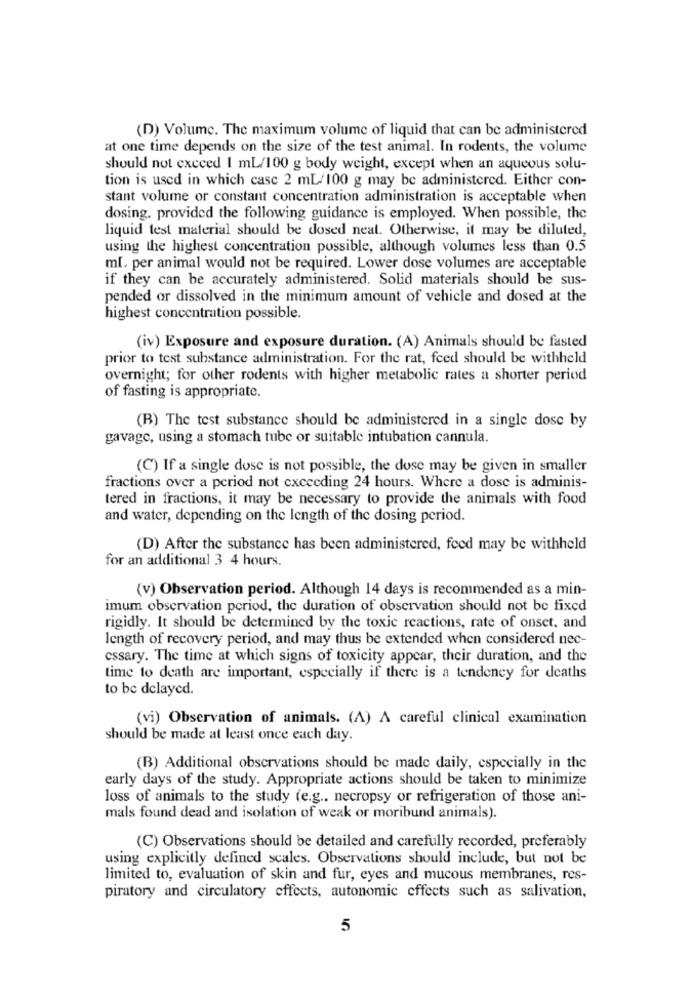
(D) Volume. The maximum volume of liquid that can be administered
at one time depends on the size of the test animal. In rodents, the volume
should not exceed 1 mL/100 g body weight, except when an aqueous solu-
tion is used in which case 2 mL/100 g may be administered. Either con-
stant volume or constant concentration administration is acceptable when
dosing. provided the following guidance is employed. When possible, the
liquid test material should be dosed neat. Otherwise, it may be diluted,
using the highest concentration possible, although volumes less than 0.5
ml. per animal would not be required. Lower dose volumes are acceptable
if they can be accurately administered. Solid materials should be sus-
pended or dissolved in the minimum amount of vehicle and dosed at the
highest concentration possible.
(iv) Exposure and exposure duration. (A) Animals should be fasted
prior to test substance administration. For the rat, feed should be withheld
overnight; for other rodents with higher metabolic rates a shorter period
of fasting is appropriate.
(B) The test substance should be administered in a single dose by
gavage, using a stomach tube or suitable intubation cannula.
(C) If a single dose is not possible, the dose may be given in smaller
fractions over a period not exceeding 24 hours. Where a dose is adminis-
tered in fractions, it may be necessary to provide the animals with food
and water, depending on the length of the dosing period.
(D) After the substance has been administered, feed may be withheld
for an additional 3 -4 hours.
(v) Observation period. Although 14 days is recommended as a min-
imum observation period, the duration of observation should not be fixed
rigidly. It should be determined by the toxic reactions, rate of onset, and
length of recovery period, and may thus be extended when considered nec-
cessary. The time at which signs of toxicity appear, their duration, and the
time to death are important, especially if there is a tendency for deaths
to be delayed.
(vi) Observation of animals. (A) A careful clinical examination
should be made at least once each day.
(B) Additional observations should be made daily, especially in the
early days of the study. Appropriate actions should be taken to minimize
loss of animals to the study (e.g ., necropsy or refrigeration of those ani-
mals found dead and isolation of weak or moribund animals).
(C) Observations should be detailed and carefully recorded, preferably
using explicitly defined scales. Observations should include, but not be
limited to, evaluation of skin and fur, eyes and mucous membranes, res-
piratory and circulatory effects, autonomic effects such as salivation,
5